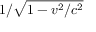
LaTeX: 1 / { \sqrt { 1 - v ^ { 2 } / c ^ { 2 } } }